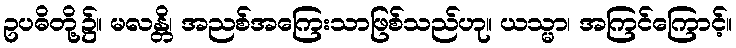
ဥပဓိတို့၌။ မလန္တိ၊ အညစ်အကြေးသာဖြစ်သည်ဟု။ ယသ္မာ၊ အကြင်ကြောင့်။